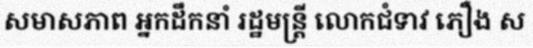
សមាសភាព អ្នកដឹកនាំ រដ្ឋមន្ត្រី លោកជំទាវ ភឿង ស